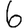
Digit: 6